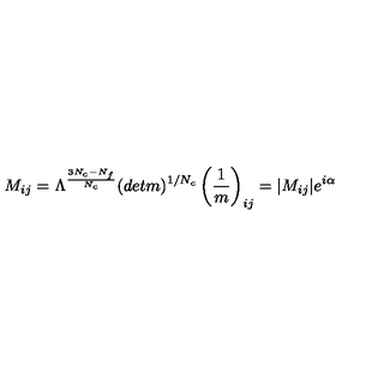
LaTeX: M _ { i j } = \Lambda ^ { { \frac { 3 N _ { c } - N _ { f } } { N _ { c } } } } ( d e t m ) ^ { 1 / N _ { c } } \left( { \frac { 1 } { m } } \right) _ { i j } = | M _ { i j } | e ^ { i \alpha }